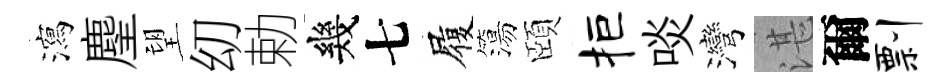
瀉麈望㓜勅幾七履簜頤拒啖灣湛爾剽